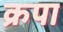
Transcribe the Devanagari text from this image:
क्रपा